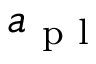
a _ { \mathrm { ~ p ~ l ~ } }